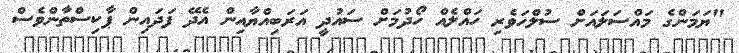
"ޔަމަންގެ މައްސަލައަށް ސުލްހަވެރި ހައްލެއް ހޯދުމަށް ސައުދީ އަރަބިއްޔާއިން އެދޭ ފަދައިން ޕާކިސްތާންވެސް